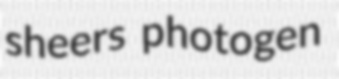
sheers photogen